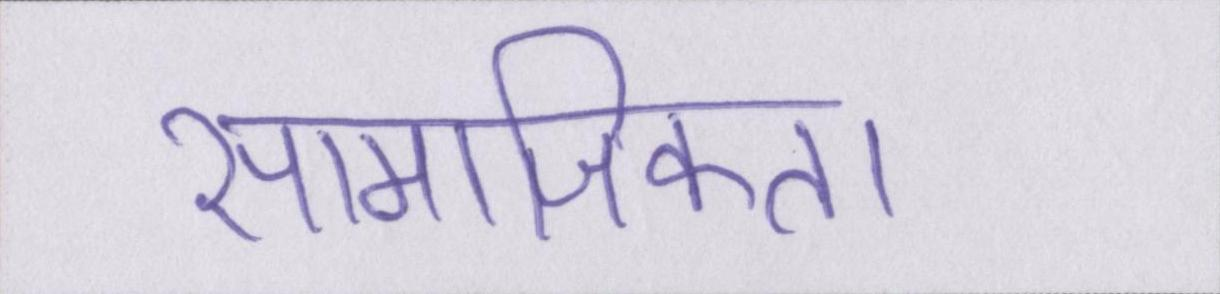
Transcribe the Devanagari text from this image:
सामाजिकता